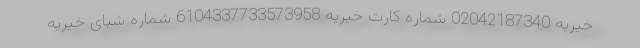
خیریه 02042187340 شماره کارت خیریه 6104337733573958 شماره شبای خیریه